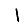
Digit: 1